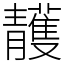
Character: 䨼